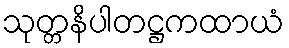
သုတ္တနိပါတဋ္ဌကထာယံ